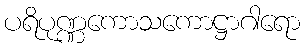
ပရိပုဏ္ဏကောသကောဋ္ဌာဂါရော